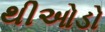
થીઓડો